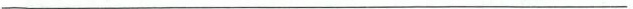
___